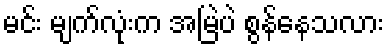
မင်း မျက်လုံးက အမြဲပဲ စွန်နေသလား